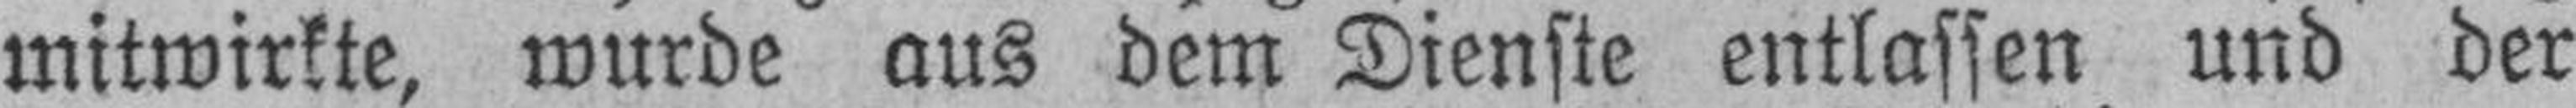
mitwirkte, wurde aus dem Dienste entlassen und der